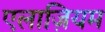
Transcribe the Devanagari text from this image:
एलाज़ियम